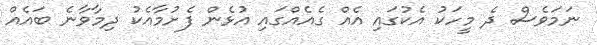
ނަމަވެސް ދެ މީހަކު އެކުގައި އެއް ގެއެއްގައި އުޅެން ފެށުމާއެކު ދިމާވާނެ ބައެއް